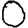
Digit: 0